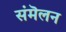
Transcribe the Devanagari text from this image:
संमॆलन